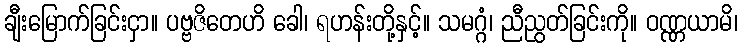
ချီးမြောက်ခြင်းငှာ။ ပဗ္ဗဇိတေဟိ ခေါ၊ ရဟန်းတို့နှင့်။ သမဂ္ဂံ၊ ညီညွတ်ခြင်းကို။ ဝဏ္ဏယာမိ၊